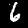
Label: 6